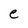
Character: e